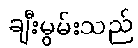
ချီးမွမ်းသည်